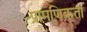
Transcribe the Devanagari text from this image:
प्रामणिकता